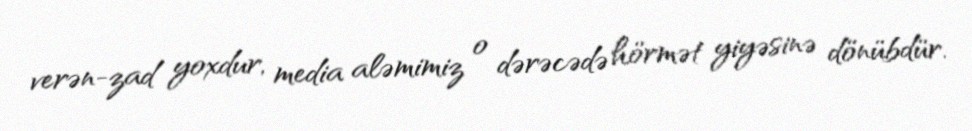
verən-zad yoxdur, media aləmimiz o dərəcədə hörmət yiyəsinə dönübdür.